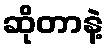
ဆိုတာနဲ့